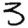
Digit: 3